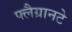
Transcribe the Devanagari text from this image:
फ्लैग्रानटे